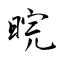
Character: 晥